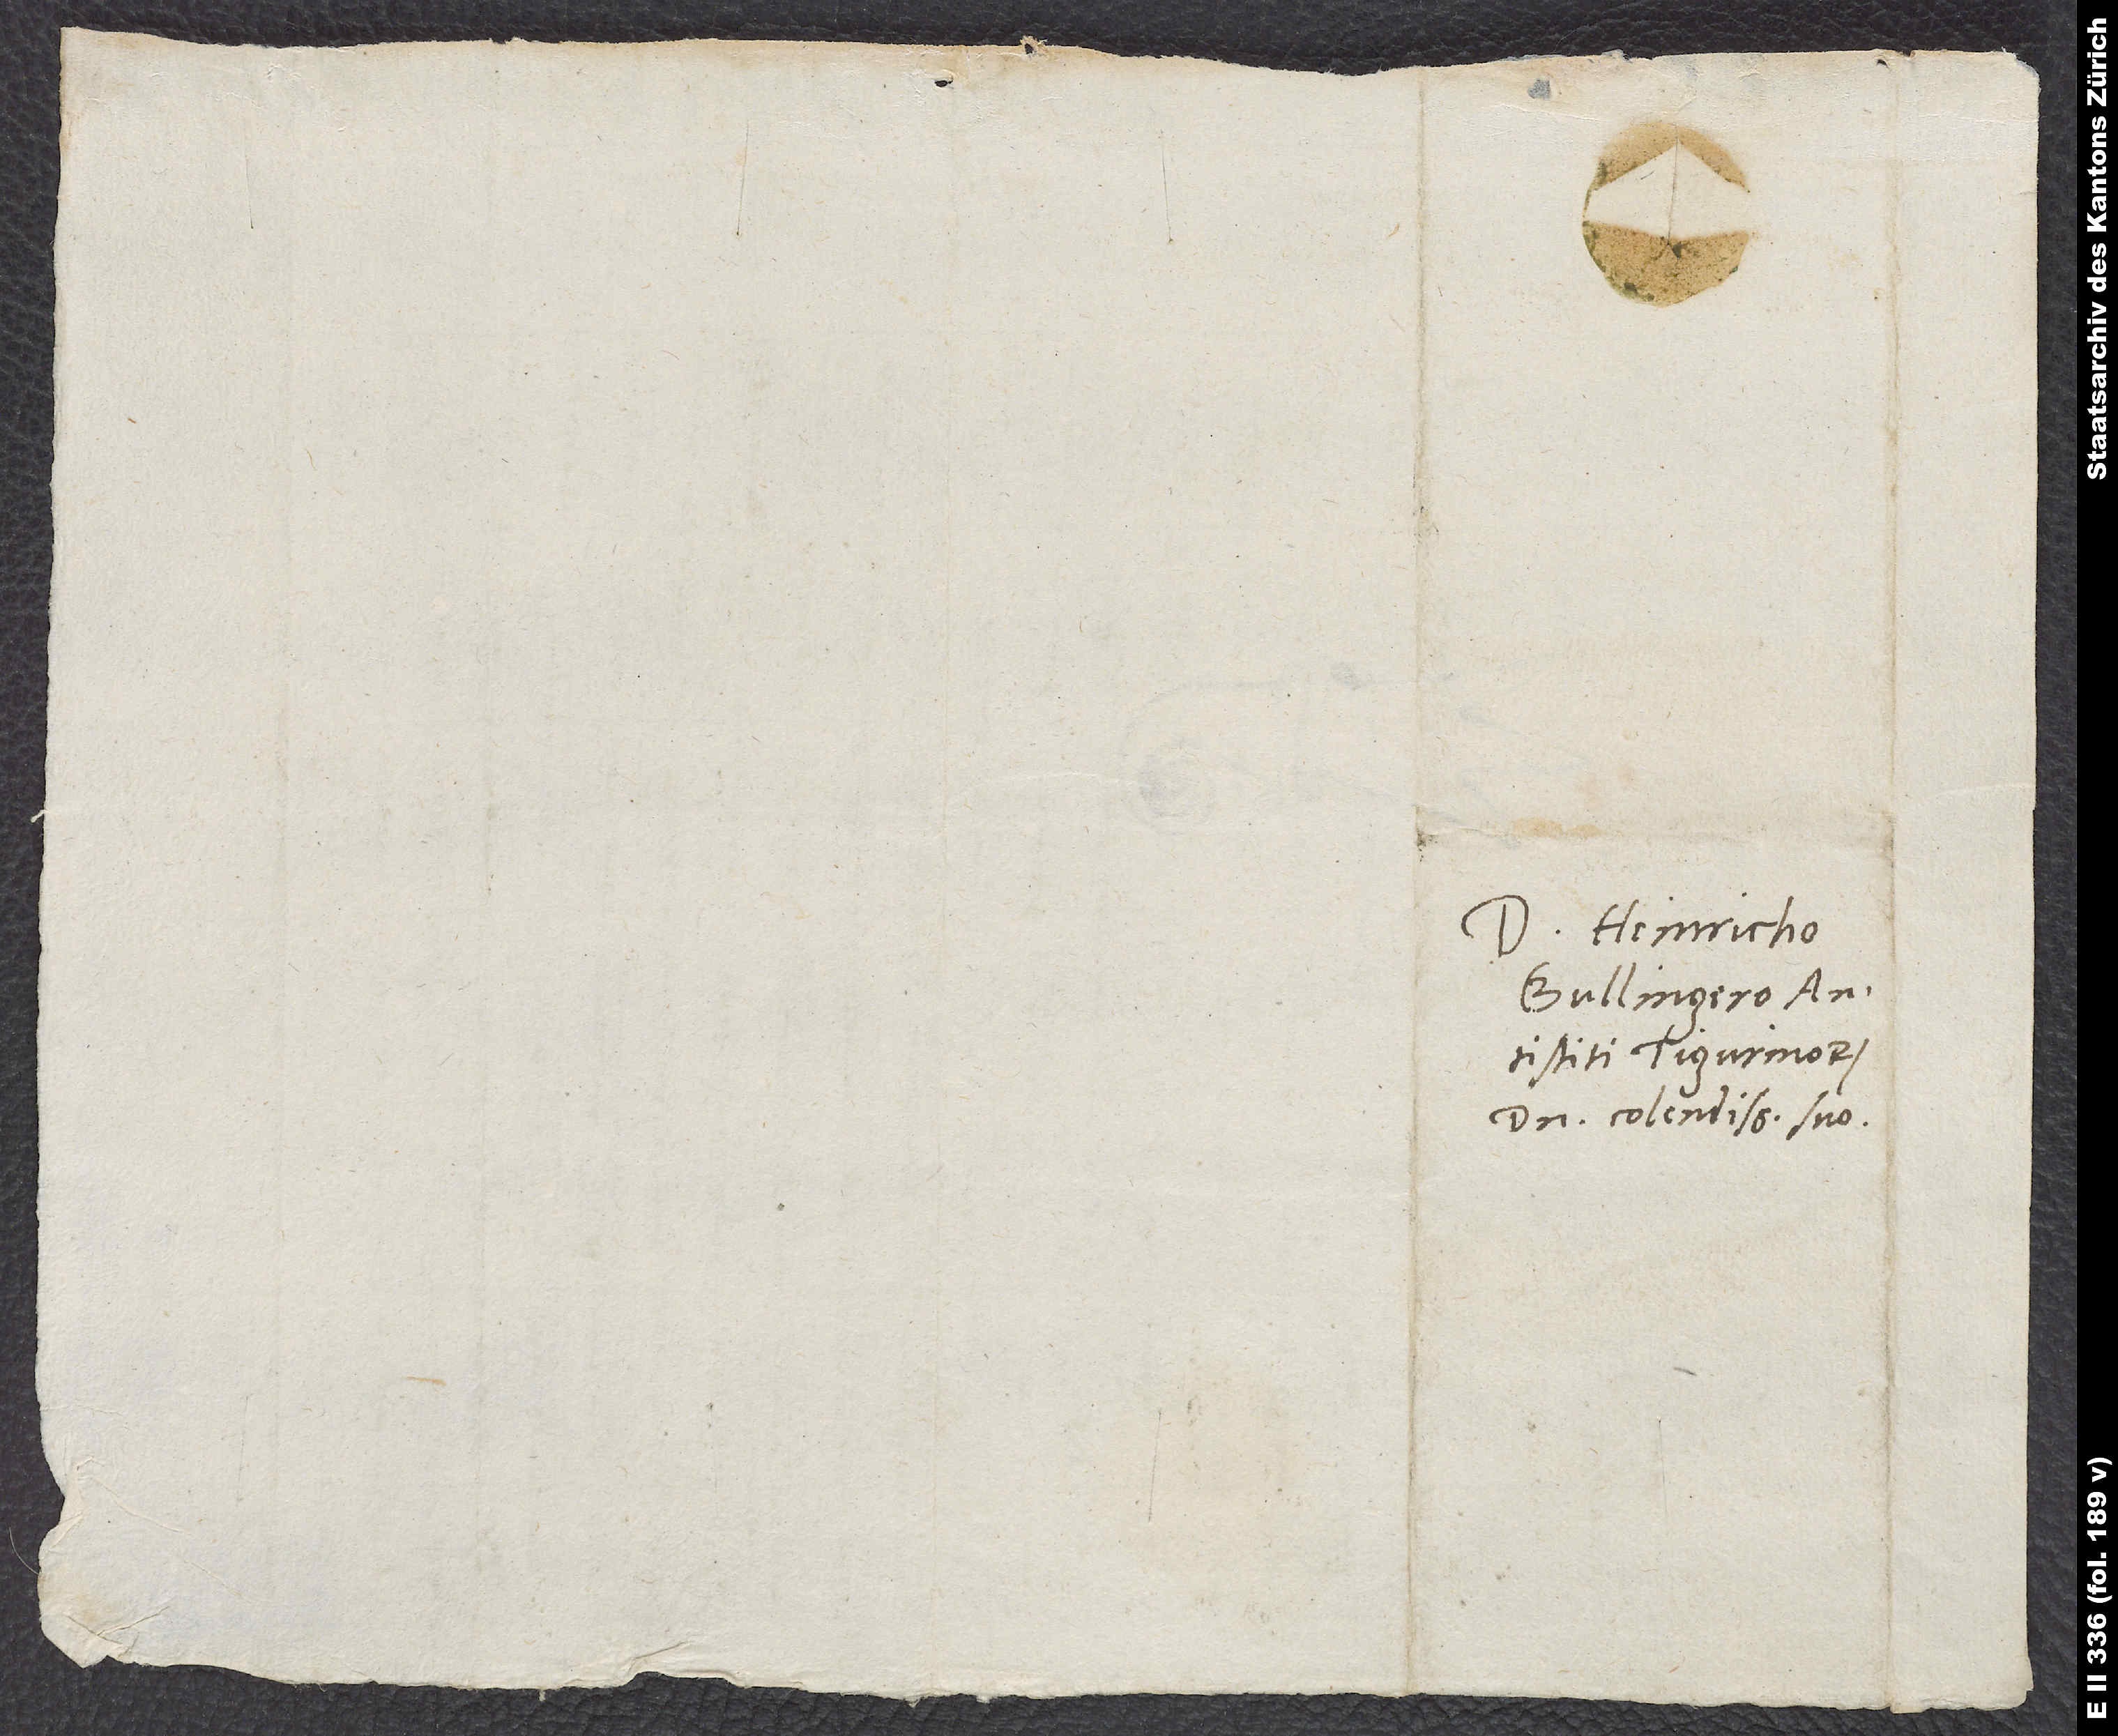
Domino Heinricho
Bullingero,
antistiti Tigurinorum,
domino colendissimo suo.